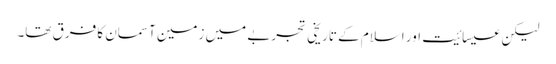
لیکن عیسائیت اور اسلام کے تاریخی تجربے میں زمین آسمان کا فرق تھا۔